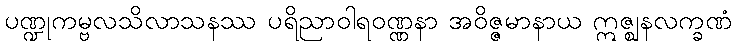
ပဏ္ဍုကမ္ဗလသိလာသနဿ ပရိညာဝါရဝဏ္ဏနာ အဝိဇ္ဇမာနာယ ဣဇ္ဈနလက္ခဏံ